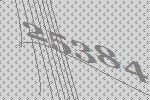
25384